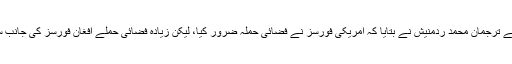
وزارت دفاع کے ترجمان محمد ردمنیش نے بتایا کہ امریکی فورسز نے فضائی حملہ ضرور کیا، لیکن زیادہ فضائی حملے افغان فورسز کی جانب سے کیے گئے۔